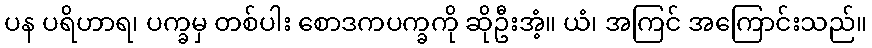
ပန ပရိဟာရ၊ ပက္ခမှ တစ်ပါး စောဒကပက္ခကို ဆိုဦးအံ့။ ယံ၊ အကြင် အကြောင်းသည်။